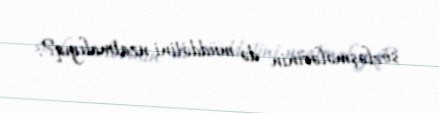
sözləşmələrinin də müddətini uzatmalıyıq?.